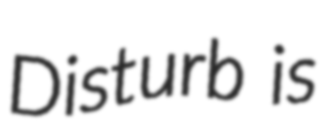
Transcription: Disturb is